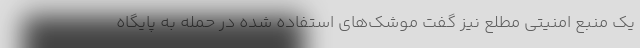
یک منبع امنیتی مطلع نیز گفت موشک‌های استفاده شده در حمله به پایگاه